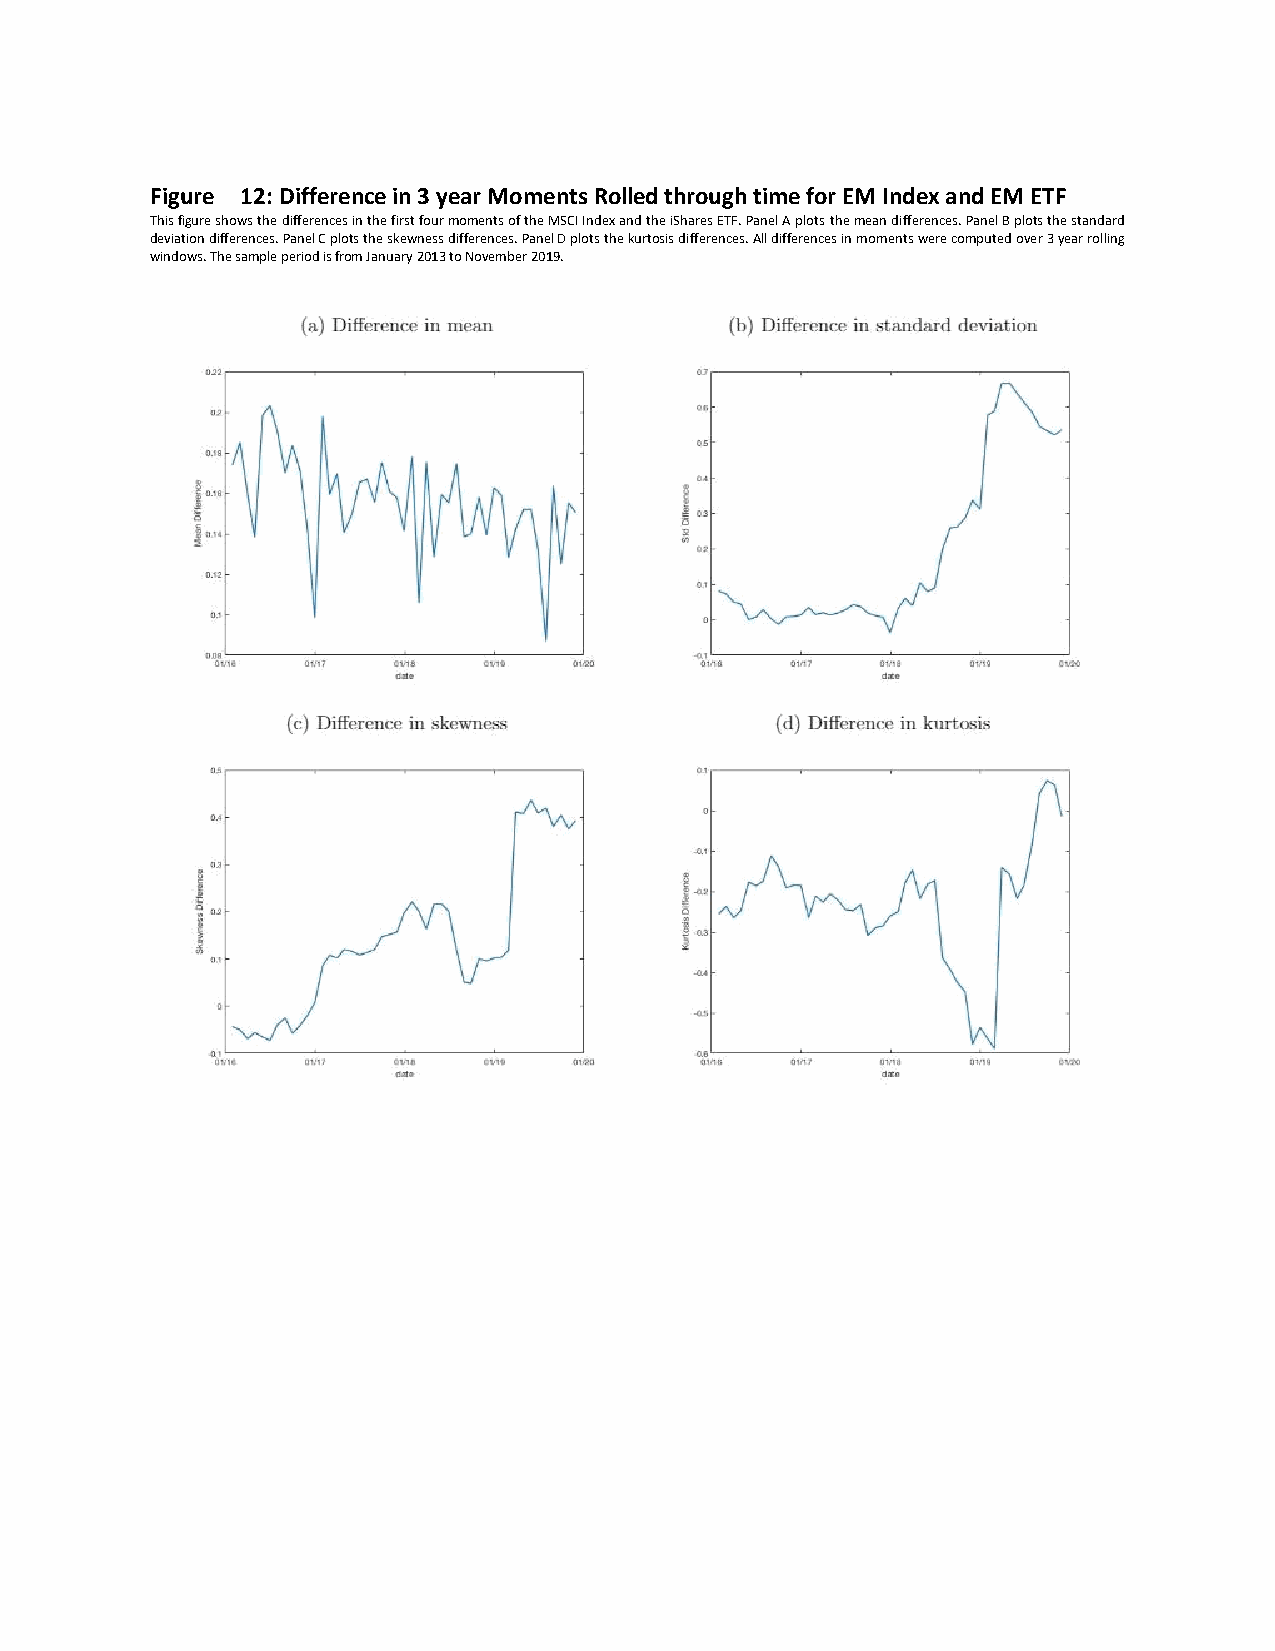
Figure 12: Difference in 3 year Moments Rolled through time for EM Index and EM ETF
 This figure shows the differences in the first four moments of the MSCI Index and the iShares ETF. Panel A plots the mean differences. Panel B plots the standard
 deviation differences. Panel C plots the skewness differences. Panel D plots the kurtosis differences. All differences in moments were computed over 3 year rolling
 windows. The sample period is from January 2013 to November 2019.